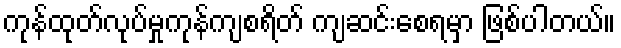
ကုန်ထုတ်လုပ်မှုကုန်ကျစရိတ် ကျဆင်းစေရမှာ ဖြစ်ပါတယ်။